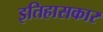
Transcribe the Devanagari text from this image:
इतिहासकार